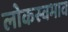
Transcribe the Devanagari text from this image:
लोकस्वभाव